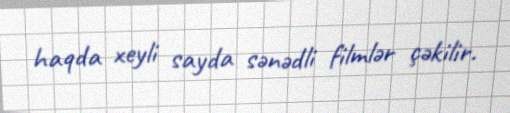
haqda xeyli sayda sənədli filmlər çəkilir.